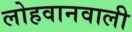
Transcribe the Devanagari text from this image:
लोहवानवाली